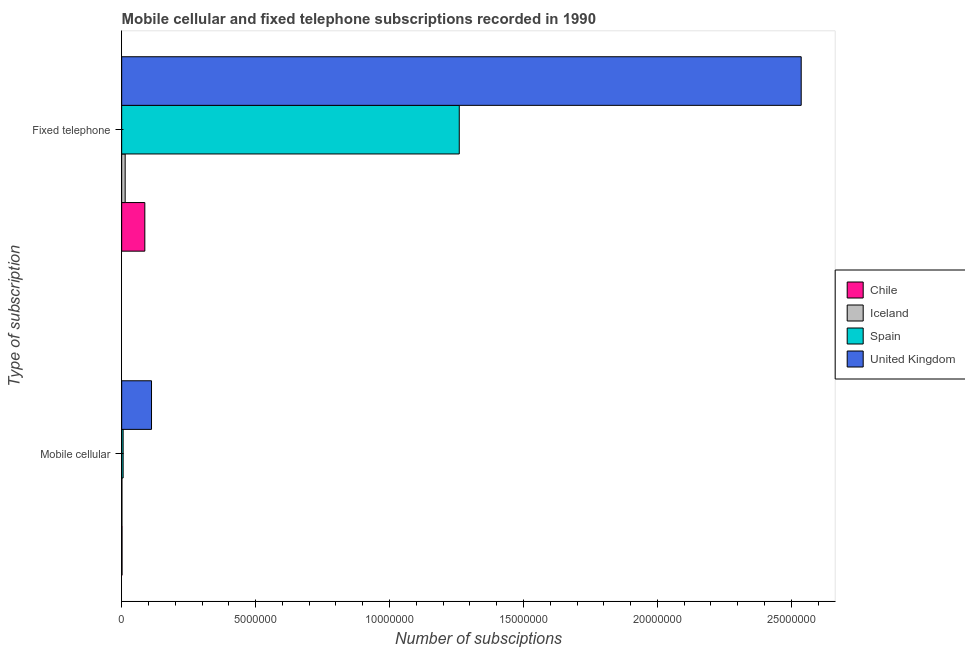
| Type of subscription | Chile | Iceland | Spain | United Kingdom |
 | --- | --- | --- | --- | --- |
 | Mobile cellular | 1.39e+04 | 1e+04 | 5.47e+04 | 1.11e+06 |
 | Fixed telephone | 8.64e+05 | 1.3e+05 | 1.26e+07 | 2.54e+07 |